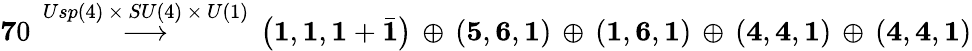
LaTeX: {\mathbf 70}\, \stackrel{Usp(4)\, \times\, SU(4)\, \times\, U(1)}{\longrightarrow}\, \left({\mathbf 1},{\mathbf 1},{\mathbf 1}+{\bar{\mathbf 1}}\right)\, \oplus\, \left({\mathbf 5},{\mathbf 6},{\mathbf 1}\right)\, \oplus\, \left({\mathbf 1},{\mathbf 6},{\mathbf 1}\right)\, \oplus\, \left({\mathbf 4},{\mathbf 4},{\mathbf 1}\right)\, \oplus\, \left({\mathbf 4},{\mathbf 4},{\mathbf 1}\right)